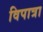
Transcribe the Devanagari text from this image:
विपात्रा